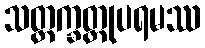
သတ္တက္ခတ္တုပရမဿ